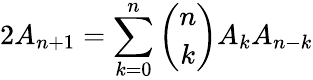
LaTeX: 2A_{n+1}=\sum_{k=0}^{n}{\binom{n}{k}}A_{k}A_{n-k}